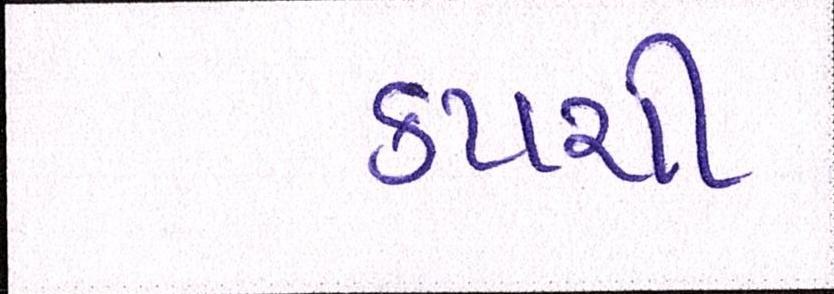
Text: કપચી